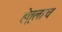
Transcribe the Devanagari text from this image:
हेतूलाच